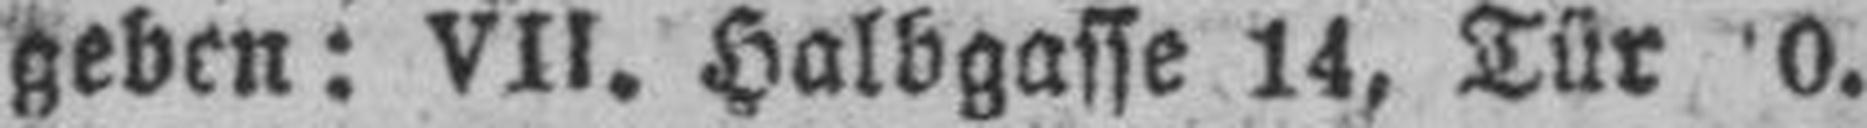
geben: VII. Halbgasse 14, Tür 0.